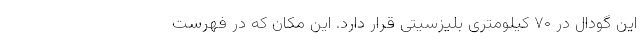
این گودال در ۷۰ کیلومتری بلیزسیتی قرار دارد. این مکان که در فهرست